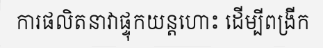
ការផលិតនាវាផ្ទុកយន្តហោះ ដើម្បីពង្រីក